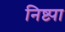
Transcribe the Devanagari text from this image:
निष्ट्या